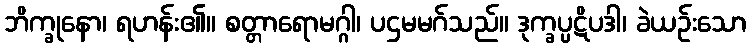
ဘိက္ခုနော၊ ရဟန်း၏။ စတ္တာရောမဂ္ဂါ၊ ပဌမမဂ်သည်။ ဒုက္ခပ္ပဋိပဒါ၊ ခဲယဉ်းသော